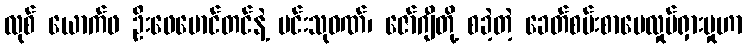
လုစ် ယောက်ဖ ဦးဖေမောင်တင်နဲ့ မင်းသုဝဏ်၊ ဇော်ဂျီတို့ စခဲ့တဲ့ ခေတ်စမ်းစာပေလှုပ်ရှားမှုဟာ